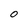
Character: O